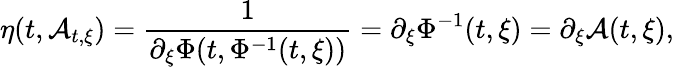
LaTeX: \eta(t,\mathcal{A}_{t,\xi})=\frac{1}{\partial_{\xi}\Phi(t,\Phi^{-1}(t,\xi))}=\partial_{\xi}\Phi^{-1}(t,\xi)=\partial_{\xi}\mathcal{A}(t,\xi),